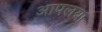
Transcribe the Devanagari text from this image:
आपलया